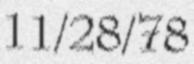
11/28/78